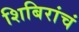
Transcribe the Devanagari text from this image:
शिबिरांचं